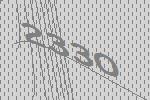
2330